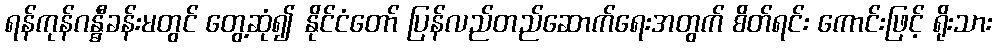
ရန်ကုန်ဂန္ဓီခန်းမတွင် တွေ့ဆုံ၍ နိုင်ငံတော် ပြန်လည်တည်ဆောက်ရေးအတွက် စိတ်ရင်း ကောင်းဖြင့် ရိုးသား